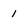
Character: 1